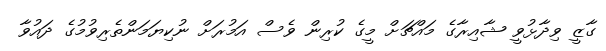
ގާޒީ ވިދާޅުވީ ޝާއިރާގެ މައްޗަށް މީގެ ކުރިން ވެސް އަމުރަށް ނުކިޔަމަންތެރިވުމުގެ ދައުވާ